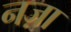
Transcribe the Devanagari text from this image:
नज़ा